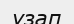
ұзап